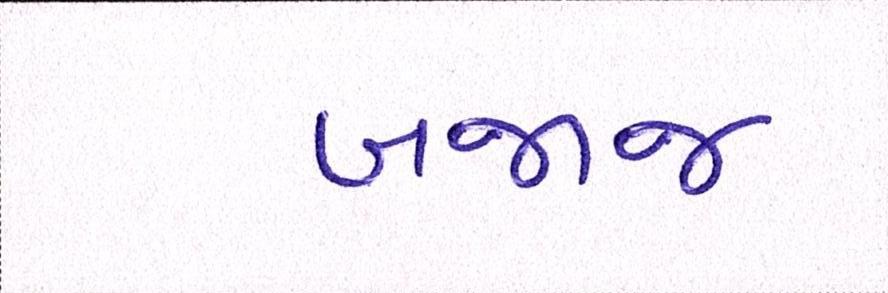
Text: બજાજ